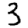
Digit: 3